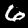
Label: 6